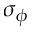
\sigma _ { \phi }